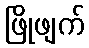
ဖြိုဖျက်